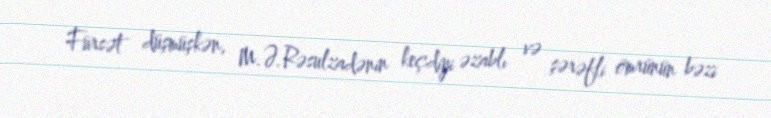
Fürsət düşmüşkən, M.Ə.Rəsulzadənin keçdiyi əzablı və şərəfli ömrünün bəzi